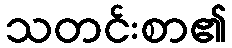
သတင်းစာ၏